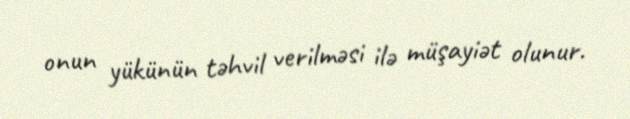
onun yükünün təhvil verilməsi ilə müşayiət olunur.